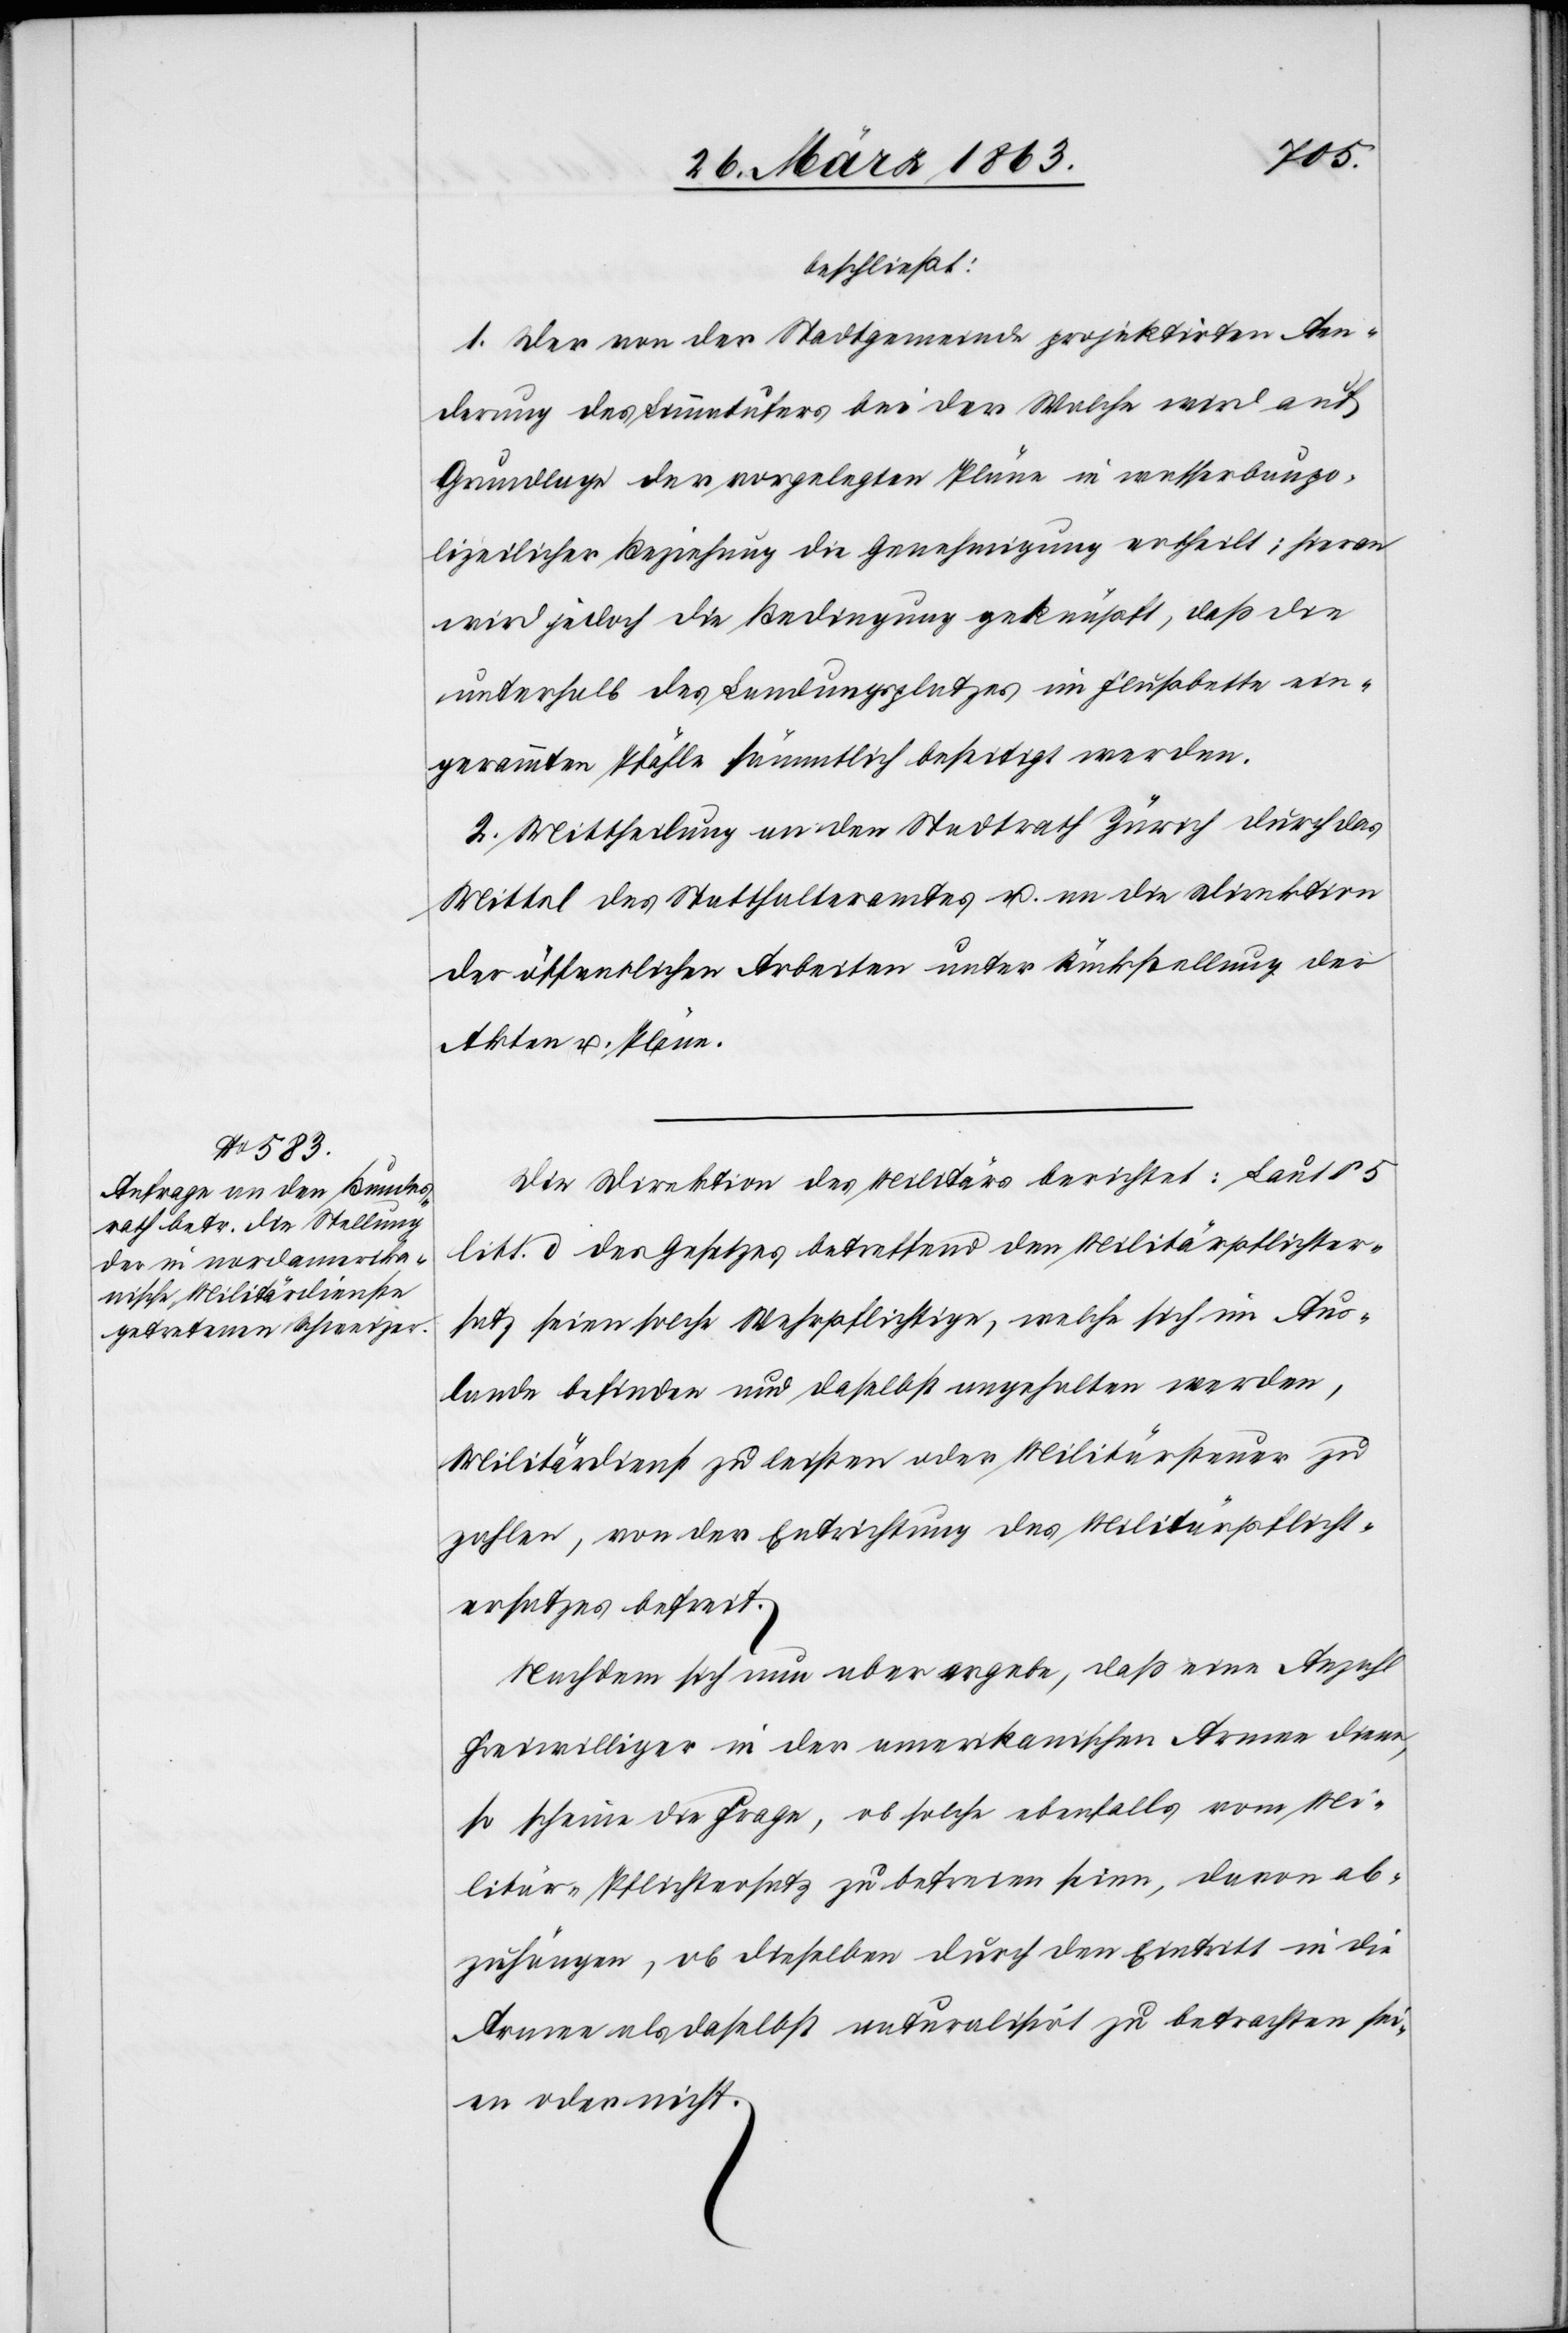
beschließt:
1. Der von der Stadtgemeinde projektirten Aen¬
derung des Limmatufers bei der Walche wird auf
Grundlage der vorgelegten Pläne in wasserbaupo¬
lizeilicher Beziehung die Genehmigung ertheilt; hieran
wird jedoch die Bedingung geknüpft, daß die
unterhalb des Landungsplatzes im Flußbette ein¬
gerammten Pfähle sämmtlich beseitigt werden.
2. Mittheilung an den Stadtrath Zürich durch das
Mittel des Statthalteramtes u. an die Direktion
der öffentlichen Arbeiten unter Rückstellung der
Akten u. Pläne.
Die Direktion des Militärs berichtet: Laut § 5
litt. d des Gesetzes betreffend den Militärpflichter¬
satz seien solche Wehrpflichtige, welche sich im Aus¬
lande befinden und daselbst angehalten werden,
Militärdienst zu leisten oder Militärsteuer zu
zahlen, von der Entrichtung des Militärpflicht¬
ersatzes befreit.
Nachdem sich nun aber ergebe, daß eine Anzahl
freiwilliger in der amerikanischen Armee diene,
so scheine die Frage, ob solche ebenfalls vom Mi¬
litär-Pflichtersatz zu befreien seien, davon ab¬
zuhängen, ob dieselben durch den Eintritt in die
Armee als daselbst naturalisirt zu betrachten sei¬
en oder nicht.